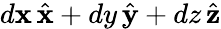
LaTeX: d\mathbf{x}\, {\hat{{\mathbf{{\mathbf{x}}}}}}+dy\, {\hat{{\mathbf{{y}}}}}+dz\, {\hat{{\mathbf{{z}}}}}